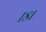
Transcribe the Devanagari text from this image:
१८।